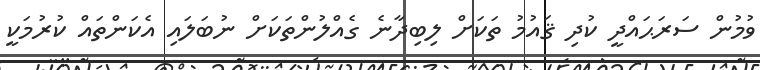
ވުމުން ސަރަޙައްދީ ކުދި ޤައުމު ތަކަށް ލިބިދާނެ ގެއްލުންތަކަށް ނުބަލައި އެކަންތައް ކުރުމަކީ